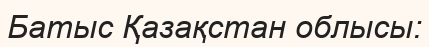
Батыс Қазақстан облысы: